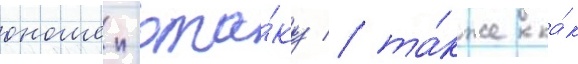
юношеи-ота́ку / та́кже ка́к